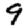
Digit: 9